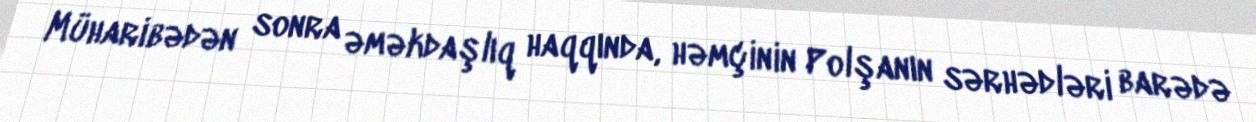
Müharibədən sonra əməkdaşlıq haqqında, həmçinin Polşanın sərhədləri barədə